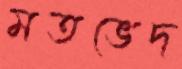
মতভেদ